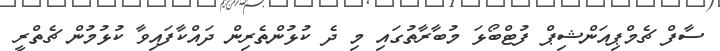
ސާފް ޗެމްޕިއަންޝިޕް ފުޓްބޯޅަ މުބާރާތުގައި މި ދެ ކުޅުންތެރިން ދައްކާފައިވާ ކުޅުމުން ޗެތްރީ